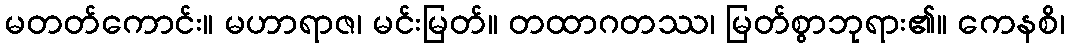
မတတ်ကောင်း။ မဟာရာဇ၊ မင်းမြတ်။ တထာဂတဿ၊ မြတ်စွာဘုရား၏။ ကေနစိ၊